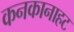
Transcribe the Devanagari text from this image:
कनकानाहट